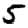
Digit: 5